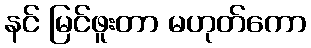
နင် မြင်ဖူးတာ မဟုတ်ကော